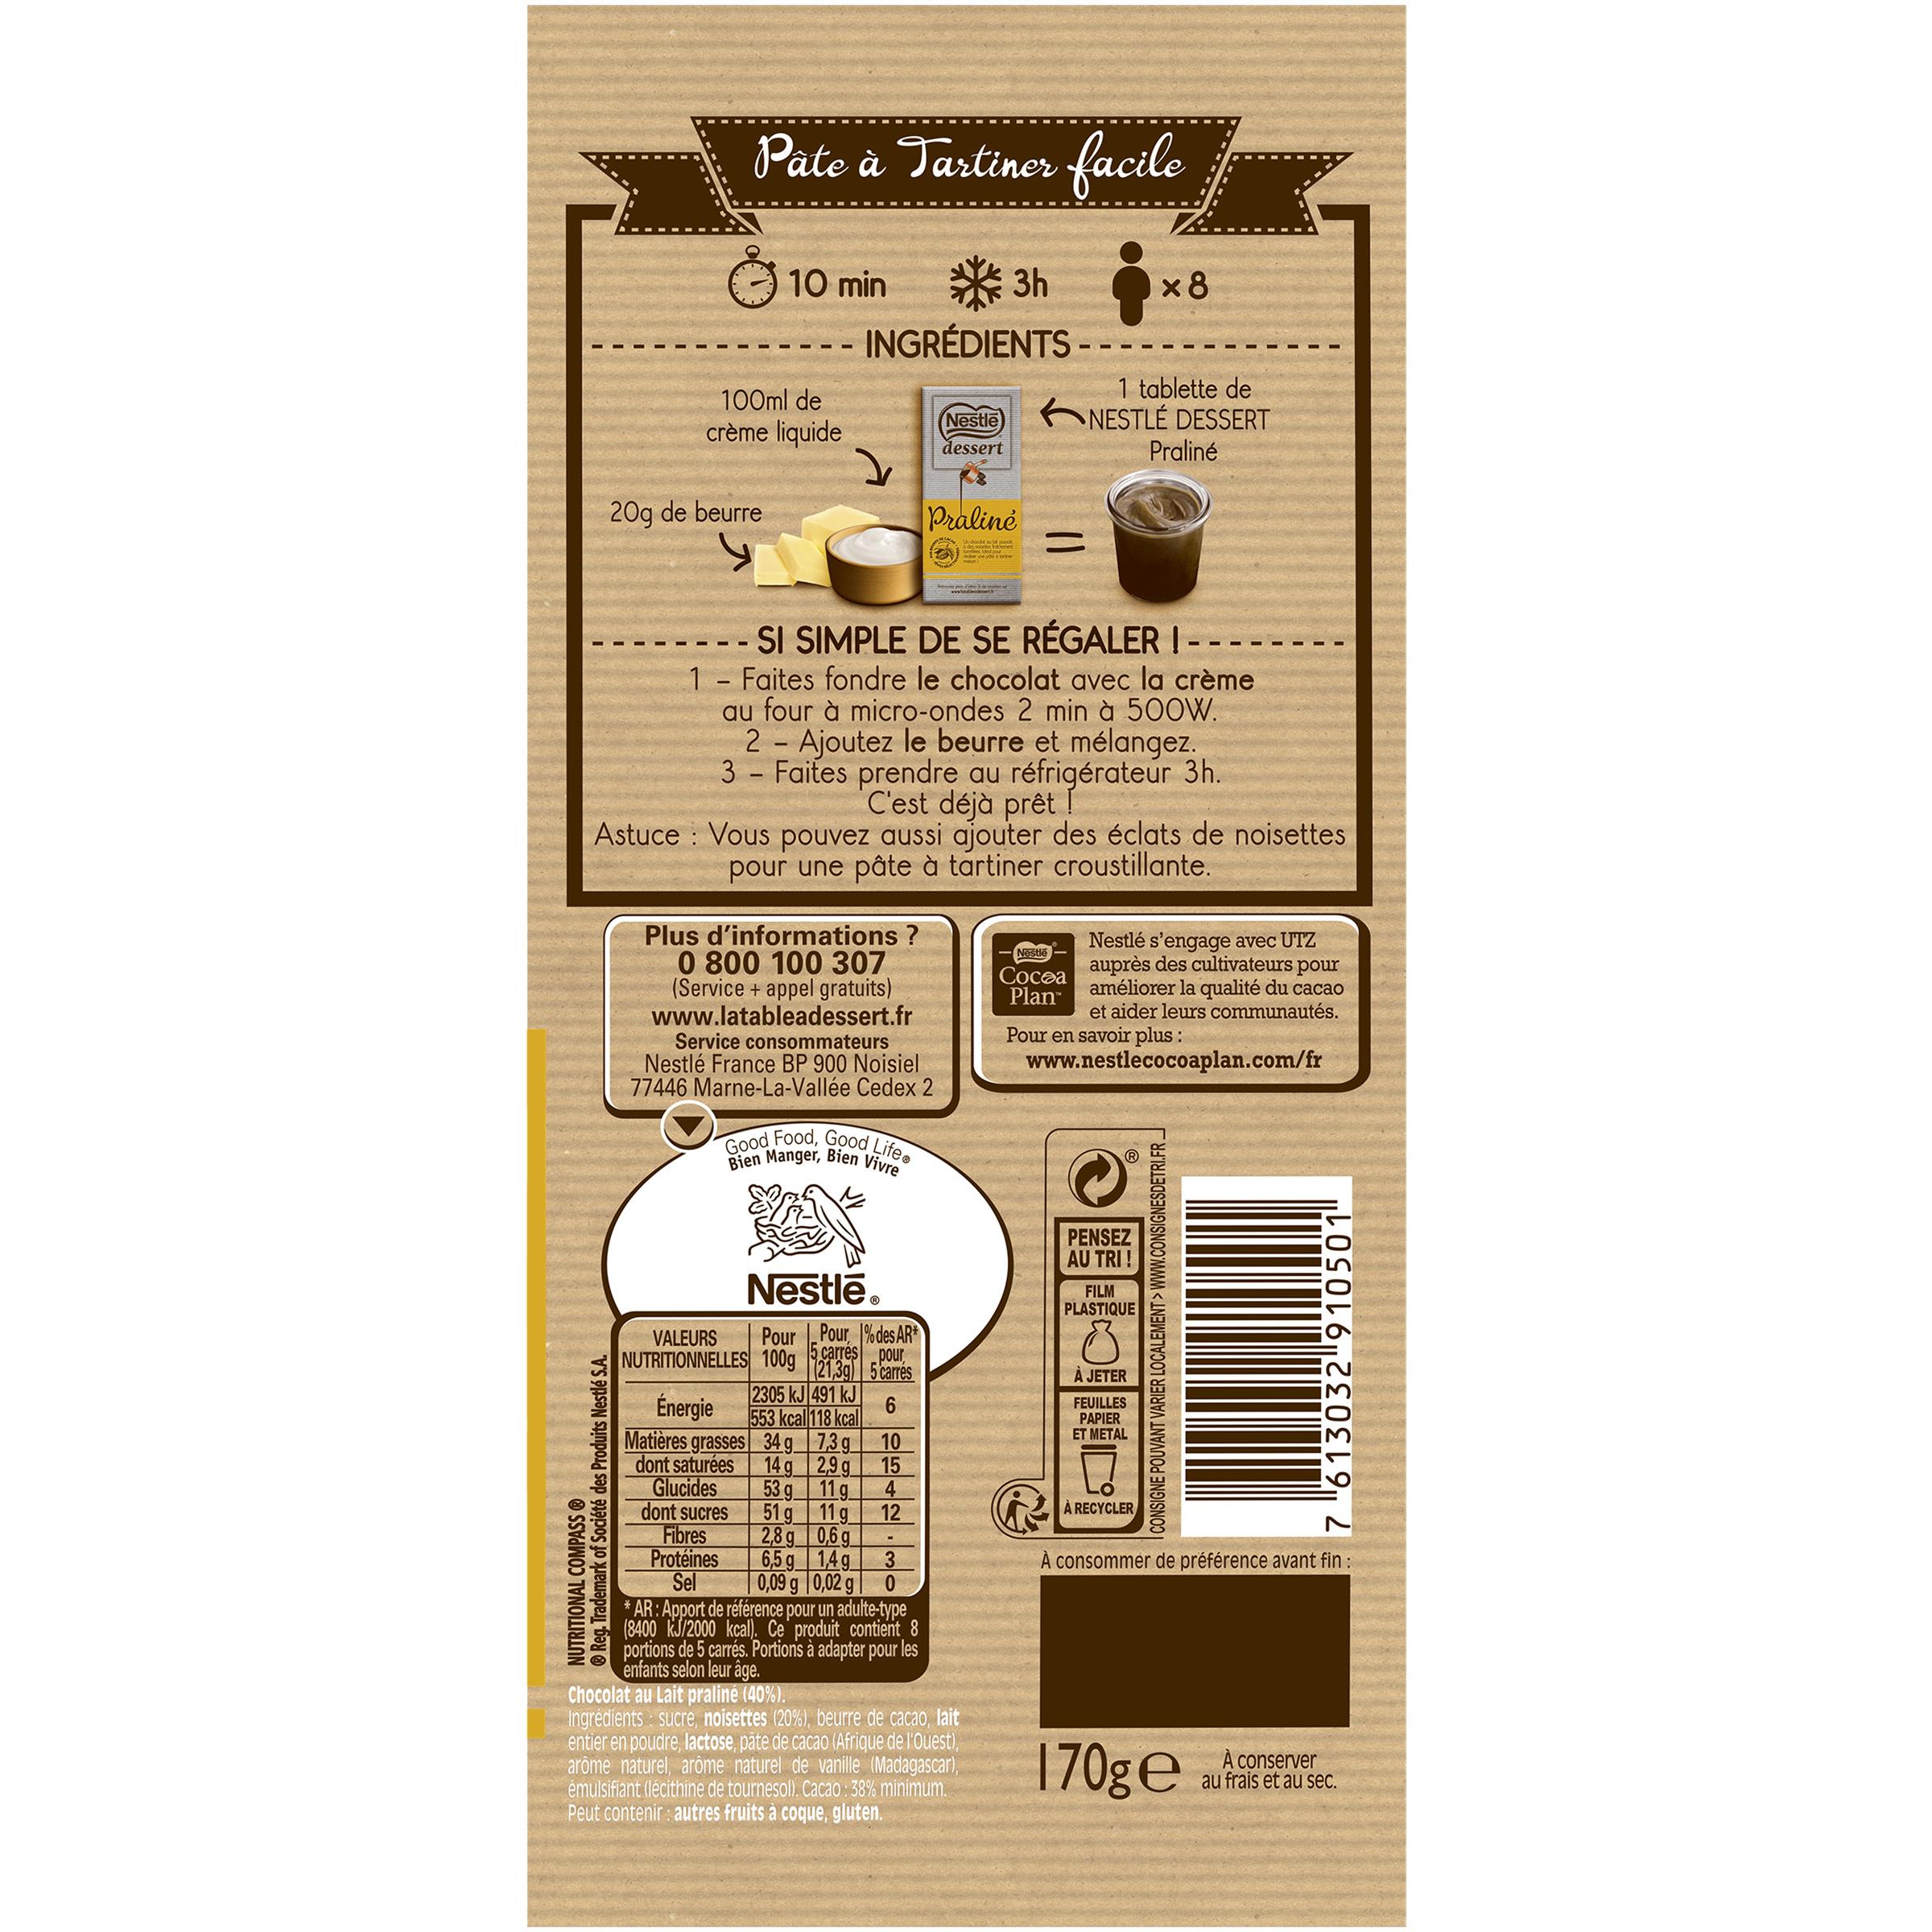
Pate à Tartiner facile
O 10 min INGRÉDIENTS - --
3h
x 8
1 tablette de NESTLÉ DESSERT
100ml de
Nestle
crème liquide
dessert
Praliné
20g de beurre
Pralinė
-- SI SIMPLE DE SE RÉGALER I-- 1 Faites fondre le chocolat avec la crème au four à micro-ondes 2 min à 500W. 2 Ajoutez le beurre et mélangez. 3 Faites prendre au réfrigérateur 3h. C'est déjà prêt ! Astuce : Vous pouvez aussi ajouter des éclats de noisettes pour une pâte à tartiner croustillante.
-
Plus d'informations ? 0 800 100 307 (Service + appel gratuits) www.latableadessert.fr Service consommateurs Nestlé France BP 900 Noisiel 77446 Marne-La-Vallée Cedex 2
Nestlé s'engage avec UTZ auprès des cultivateurs pour améliorer la qualité du cacao et aider leurs communautés.
Nestle
Сосea Plan
Pour en savoir plus : www.nestlecocoaplan.com/fr
Good Food, Good Lifee Bien Manger, Bien Vivre
PENSEZ AU TRI !
Nestlē.
FILM PLASTIQUE
VALEURS
Pour . Pour 1%des AR
5 carrés pour, NUTRITIONNELLES 100g 21,39 5 carrés
À JETER
2305 kJ 491 kJ
Énergie
FEUILLES PAPIER ET METAL
6.
553 kcal 118 kcal
Matières grasses 34 g_ 7,3 g
10
dont saturées Glucides dont sucres Fibres Protéines Sel
14 g 2,9g
15
53 g_ 11 g
4
51 g 11 g
12
À RECYCLER
2,8 g 0,6 g 6,5 g 1,4g 0,09 g |0,02 g | * AR:Apport de référence pour un adulte-type (8400 kJ/2000 kçal). Ce produit contient 8 portions de 5 carrés. Portions à adapter pour les
À consommér de préférence avant fin :
enfants selon leur âge. Chocolat au Lait praliné (40%). Ingrédients sucre, noisettes (20%), beurre de cacao, lait entier en poudre, lactose, pâte de cacao (Afrique de l'Ouest), arôme naturel, arôme naturel de vanille (Madagascar), émulsifiant (lécithine de tournesol). Cacao :38% minimum.
170gE
À conserver au frais et au sec.
Peut contenir : autres fruits à coque, gluten.
NUTRITIONAL COMPASS ® Reg. Trademark of Société des Produits Nestlé S.A.
I CONSIGNE POUVANT VARIER LOCALEMENT > WWW.CONSIGNESDETRI.FR –
7 613032 910501